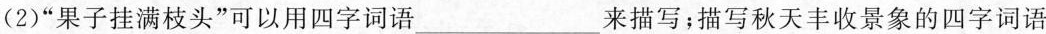
(2)”果子挂满枝头”可以用四字词语___来描写；描写秋天丰收景象的四字词语